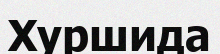
Хуршида